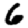
Digit: 6